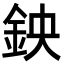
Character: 鉠